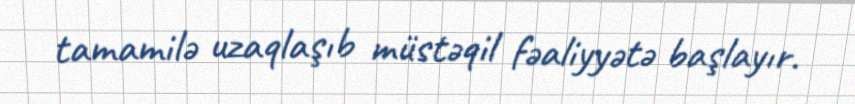
tamamilə uzaqlaşıb müstəqil fəaliyyətə başlayır.